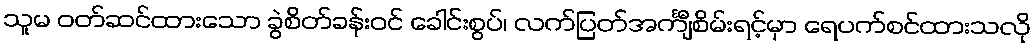
သူမ ဝတ်ဆင်ထားသော ခွဲစိတ်ခန်းဝင် ခေါင်းစွပ်၊ လက်ပြတ်အင်္ကျီစိမ်းရင့်မှာ ရေပက်စင်ထားသလို